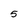
Character: 5